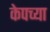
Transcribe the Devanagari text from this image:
केपच्या